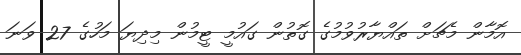
އޮމާން މެޗަށް ތައްޔާރުވުމުގެ ގޮތުން ގައުމީ ޓީމުން މިދިޔަ މަހުގެ 27 ވަނަ